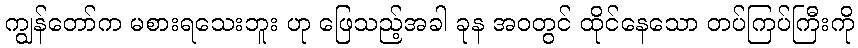
ကျွန်တော်က မစားရသေးဘူး ဟု ဖြေသည့်အခါ ခုန အဝတွင် ထိုင်နေသော တပ်ကြပ်ကြီးကို